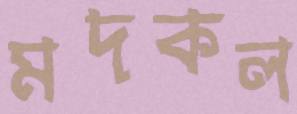
মদকল